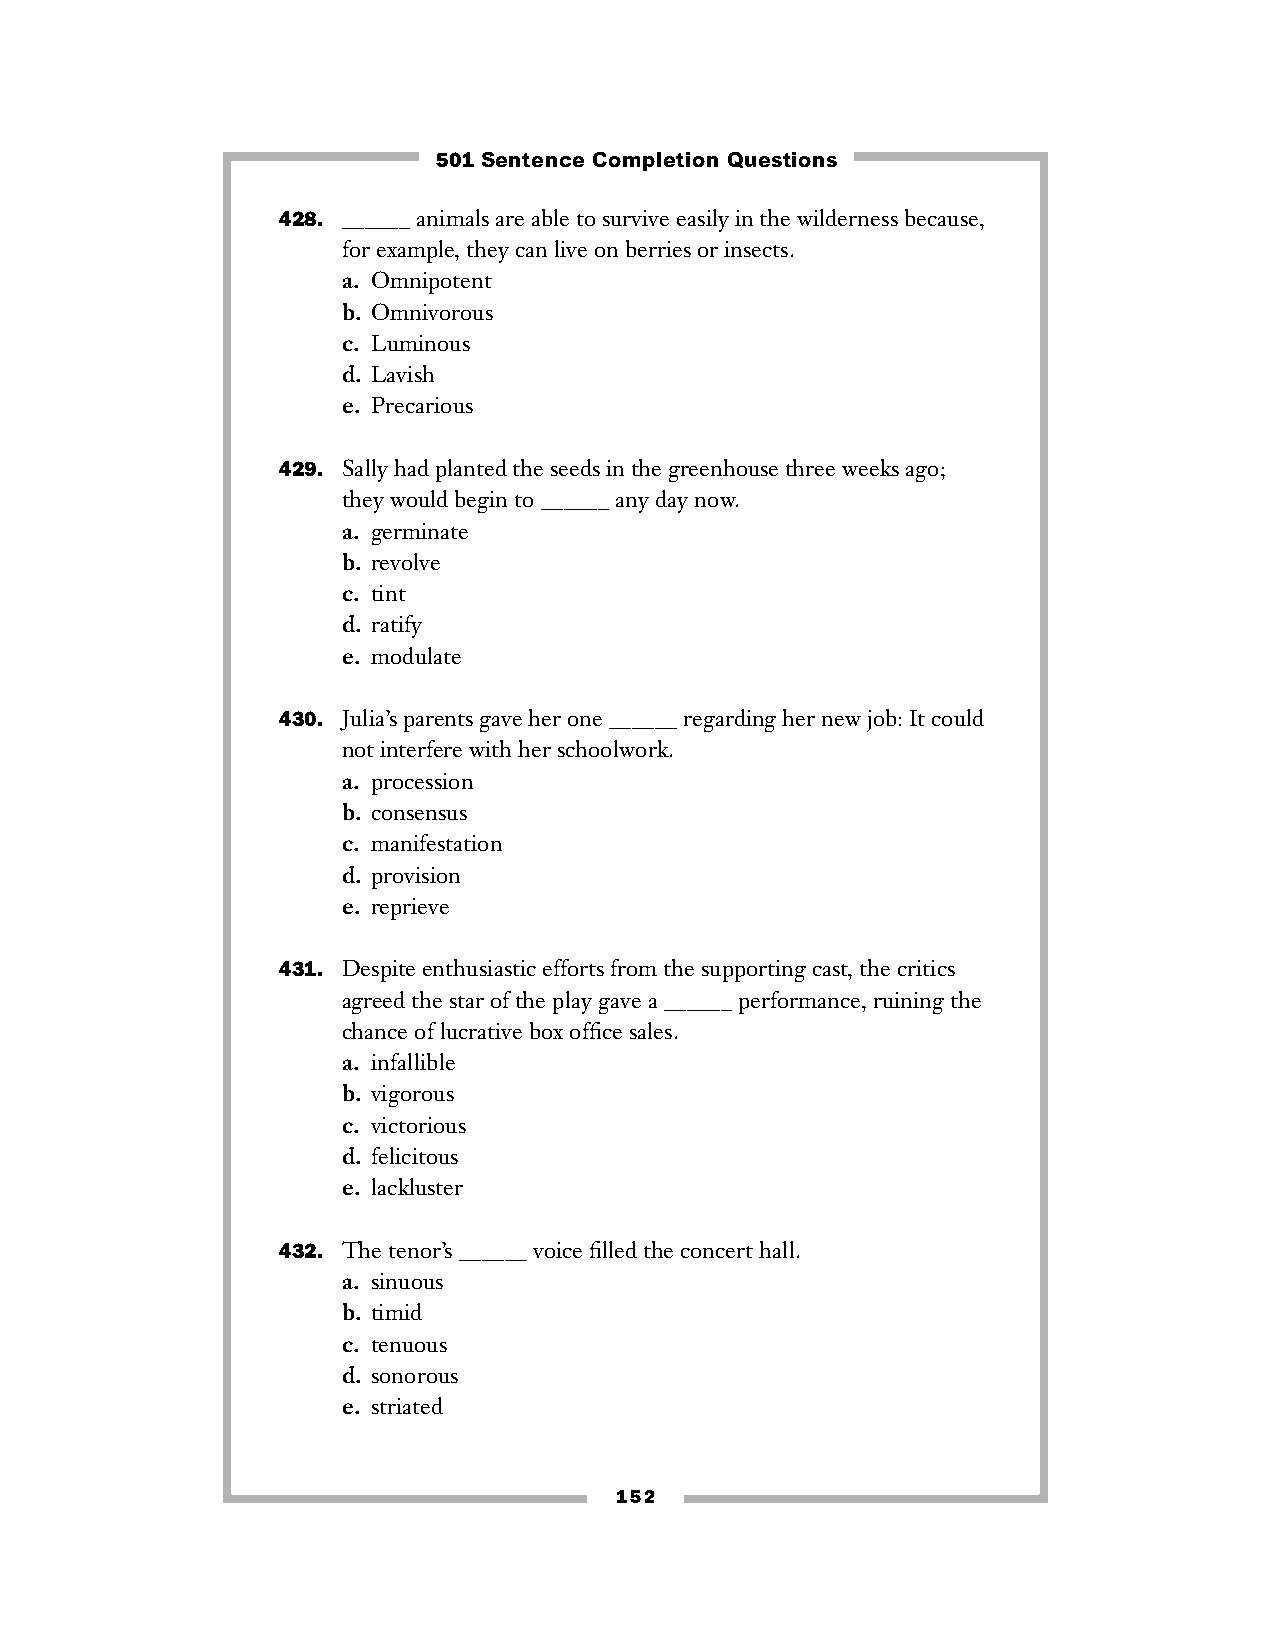
501 Sentence Completion Questions
 428. ______ animals are able to survive easily in the wilderness because,
 for example, they can live on berries or insects.
 a. Omnipotent
 b. Omnivorous
 c. Luminous
 d. Lavish
 e. Precarious
 429. Sally had planted the seeds in the greenhouse three weeks ago;
 they would begin to ______ any day now.
 a. germinate
 b. revolve
 c. tint
 d. ratify
 e. modulate
 430. Julia’s parents gave her one ______ regarding her new job: It could
 not interfere with her schoolwork.
 a. procession
 b. consensus
 c. manifestation
 d. provision
 e. reprieve
 431. Despite enthusiastic efforts from the supporting cast, the critics
 agreed the star of the play gave a ______ performance, ruining the
 chance of lucrative box office sales.
 a. infallible
 b. vigorous
 c. victorious
 d. felicitous
 e. lackluster
 432. The tenor’s ______ voice filled the concert hall.
 a. sinuous
 b. timid
 c. tenuous
 d. sonorous
 e. striated
 152